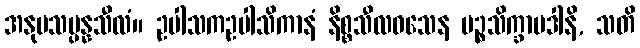
အနုပသမ္ပန္နသီလံ။ ဥပါသကဥပါသိကာနံ နိစ္စသီလဝသေန ပဉ္စသိက္ခာပဒါနိ, သတိ